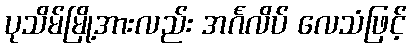
ပုသိမ်မြို့အားလည်း အင်္ဂလိပ် လေသံဖြင့်